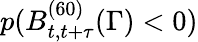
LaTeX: p(B_{t,t+\tau}^{(60)}(\Gamma)<0)